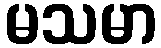
မသမာ